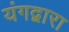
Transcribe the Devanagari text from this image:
यंगद्वारा